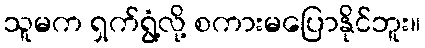
သူမက ရှက်ရွံ့လို့ စကားမပြောနိုင်ဘူး။